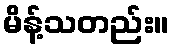
မိန့်သတည်း။